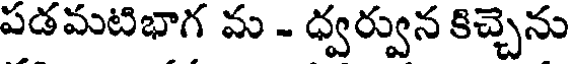
పడమటిభాగ మ - ధ్వర్వున కిచ్చెను